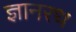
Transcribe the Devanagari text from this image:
ज्ञानरथ